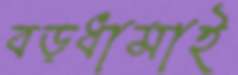
বড়ধামাই